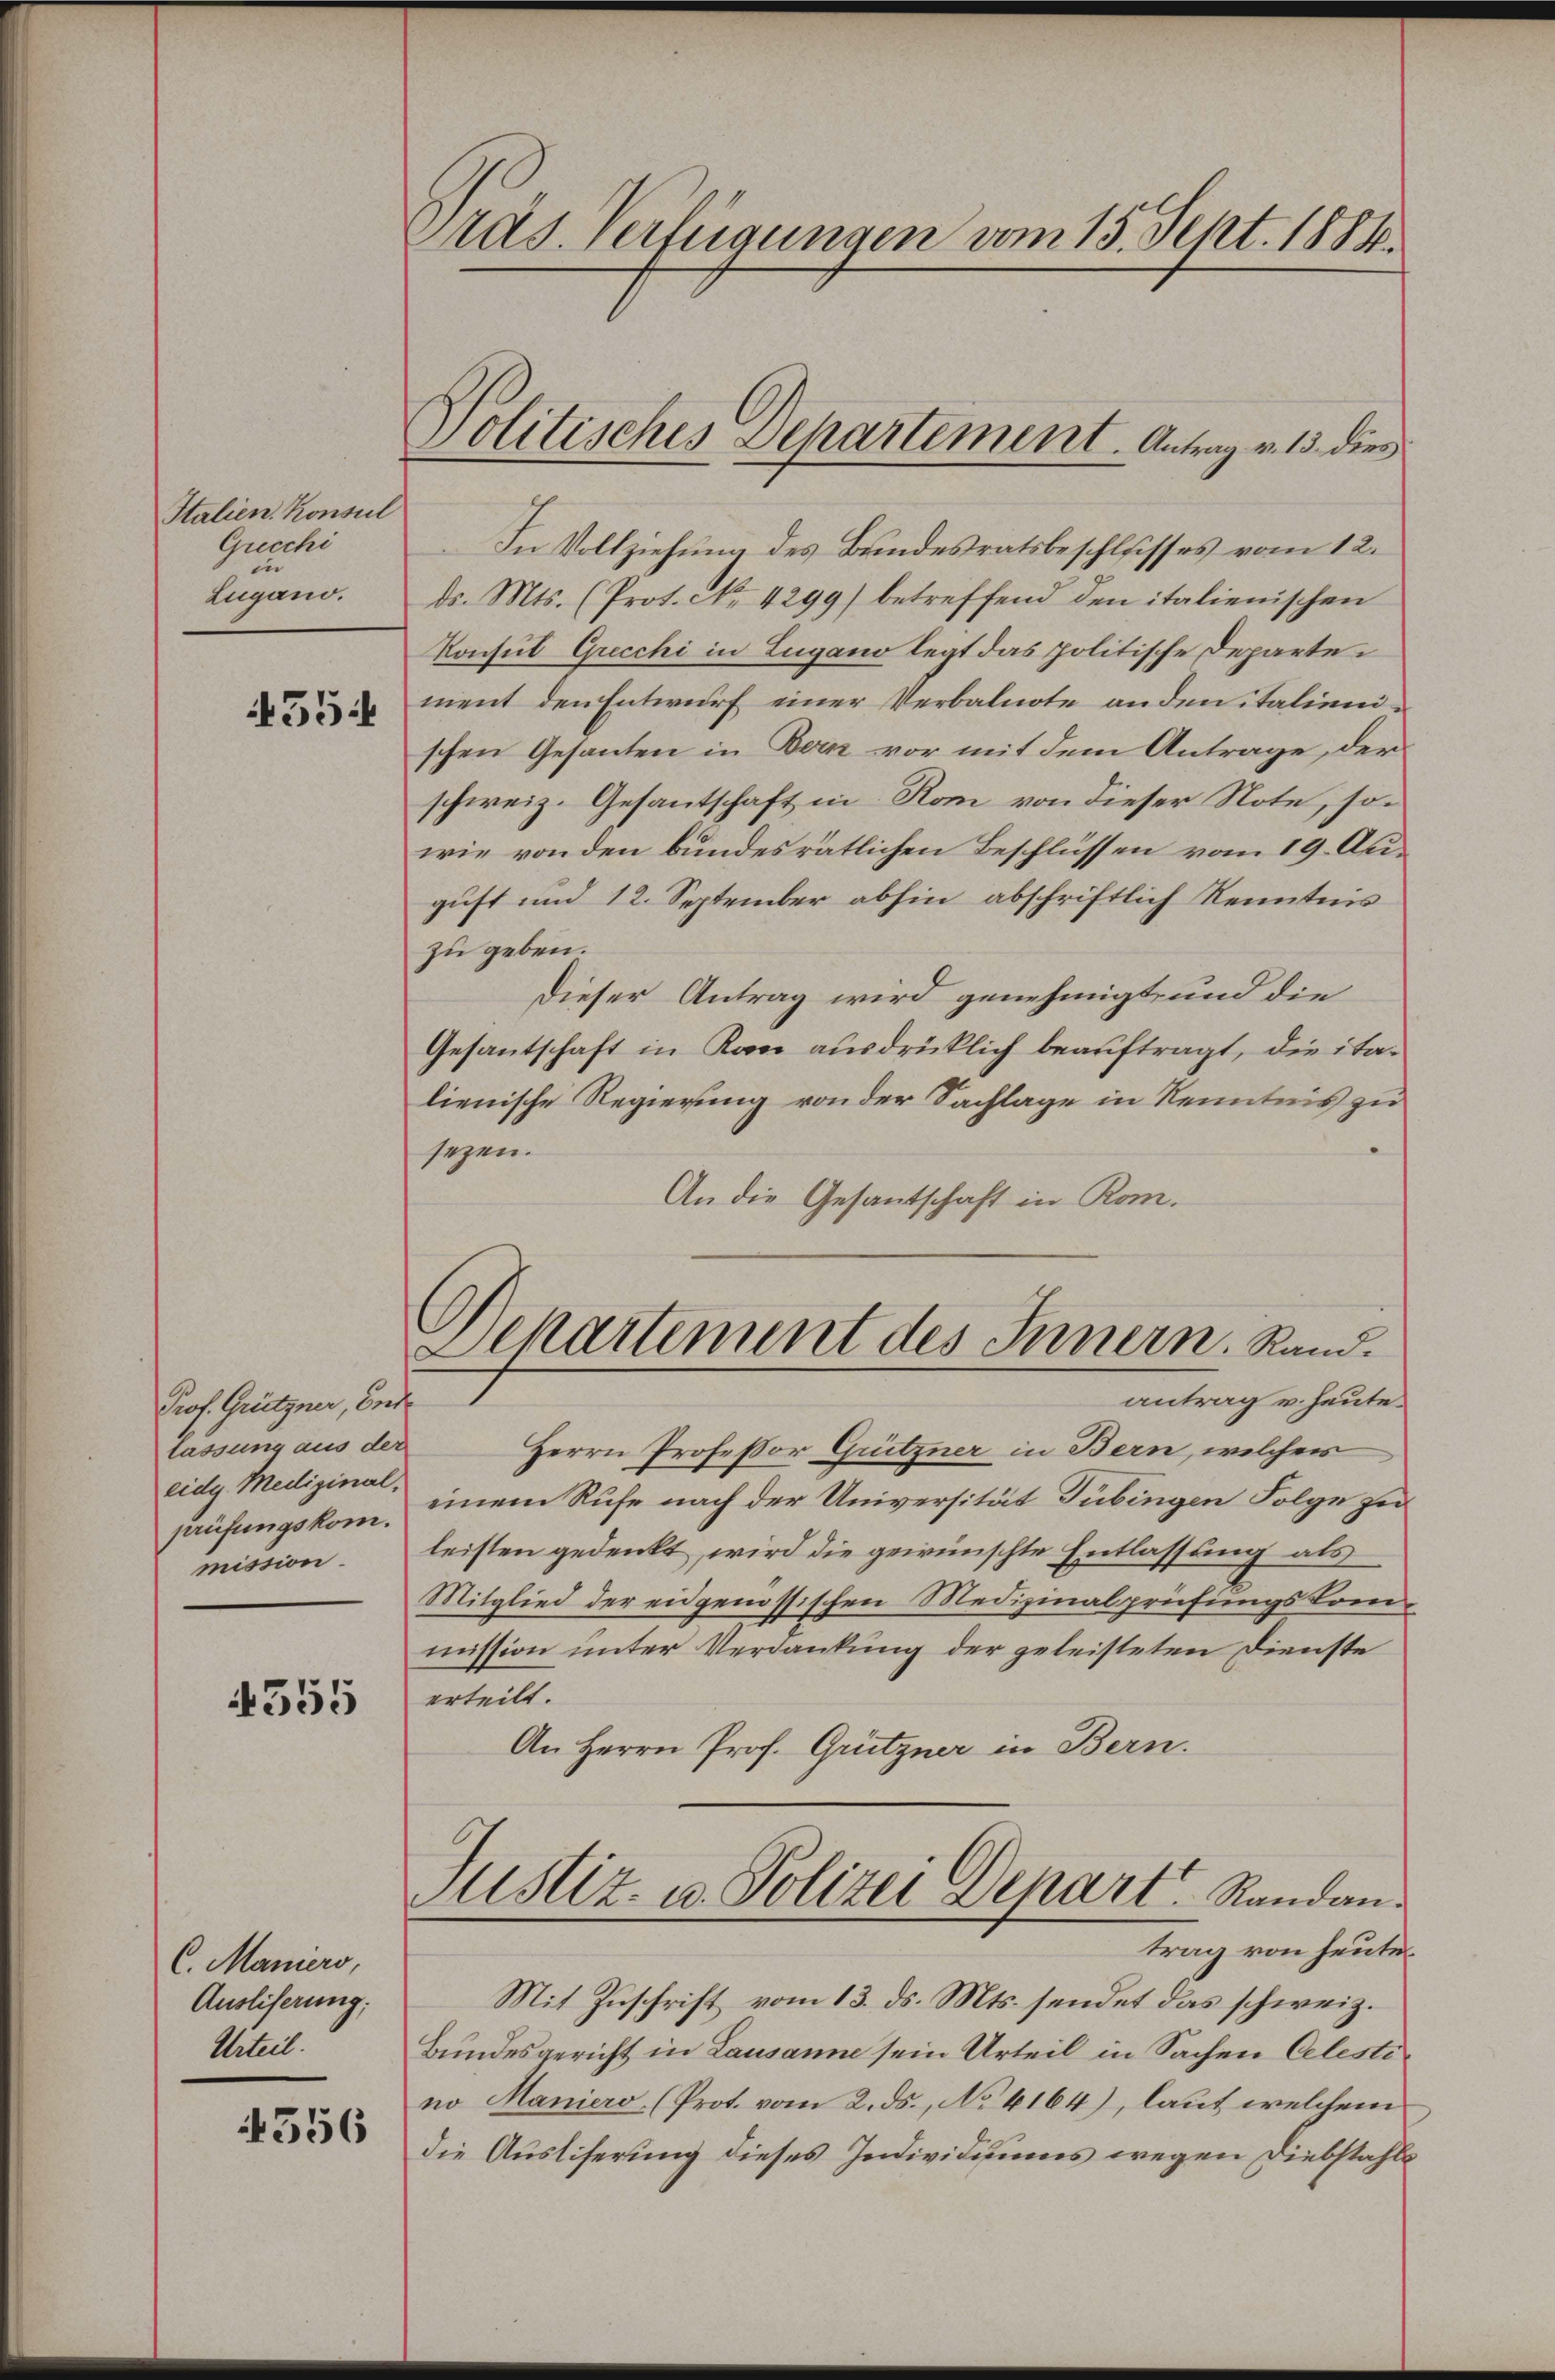
Italien Konsul
Gucchi
in
Lugano.
455:

Prof. Grützner, Ende
lassung aus der
eidg. Medizinal-
prüfungskom.
mission.

4355

C. Maniers,
Auslieferung;
Urteil.

556

Präs. Verfügungen vom 15. Sept. 1884.

Politisches Departement. Antrag v. 13. dies

In Vollziehung des Bundesratsbeschlusses vom 12.
ds. Mts. (Prot. No. 4299) betreffend den italienischen
Konsul Grecchi in Lugano legt das politische Departe.
ment den Entwurf einer Verbalnote anden italienischen Gesanten in Bern vor mit dem Antrage, der
schweiz. Gesantschaft in Rom von dieser Note, sowie von den bundesrätlichen Beschlüssen vom 19. Auguft und 12. September abhin abschriftlich Kenntnis
zu geben.
Dieser Antrag wird genehmigt und die
Gesantschaft in Kan ausdrücklich beauftragt, die italienische Regierung von der Sachlage in Kenntnis zu
e
sezen.
An die Gesantschaft in Rom.
Dekartement des Innern. Rand.
antrag u. heute.
Herrn Professor Grützner in Bern, welcher
einem Rufe nach der Universität Tübingen Folge zu
leisten gedenkt, wird die gewünschte Entlassung als
Mitglied der eidgenössischen Medizinalprüfungskommission unter Verdankung der geleisteten Dienste
erteilt.
An Herrn Prof. Grützner in Bern.
Justiz- u. Polizei Depart Randantrag von heute
Mit Zuschrift vom 13. ds. Mts. sendet das schweiz.
Bundesgericht in Lausanne sein Urteil in Sachen Celestino Maniero, (Prot. vom 2. ds., No 4164), laut welchem
die Ausliserung dieses Individuums wegen Diebstahls